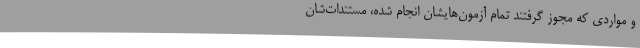
و مواردی که مجوز گرفتند تمام آزمون‌هایشان انجام شده، مستندات‌شان